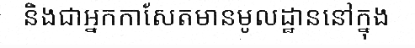
និងជាអ្នកកាសែតមានមូលដ្ឋាននៅក្នុង